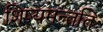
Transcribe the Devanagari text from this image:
शिष्यमन्ततिः